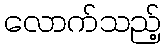
လောက်သည့်